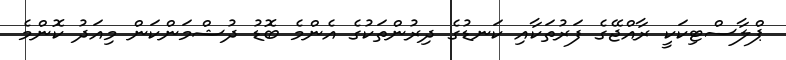
ޕްލާސްޓިކަކީ ރާއްޖޭގެ ފަރުތަކާއި ކަނޑުގެ ދިރުންތަކުގެ އެންމެ ބޮޑު ދުޝްމަންކަން މިއަދު ކޮންމެ